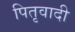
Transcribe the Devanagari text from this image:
पितृवादी